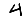
Digit: 4